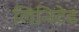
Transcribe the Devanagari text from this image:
लिनिटेड